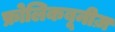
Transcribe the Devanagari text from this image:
फ्रोलिकबूनीज़